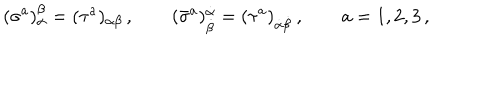
LaTeX: ( \sigma ^ { a } ) _ { \alpha } ^ { \beta } = ( \tau ^ { a } ) _ { \alpha \beta } \, , \qquad ( \bar { \sigma } ^ { a } ) _ { \dot { \beta } } ^ { \dot { \alpha } } = ( \tau ^ { a } ) _ { \dot { \alpha } \dot { \beta } } \, , \qquad a = 1 , 2 , 3 \, ,